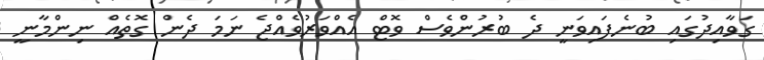
ގަވާއިދުގައި ބުނެފައިވަނީ ދެ ބުރުންވެސް ވޮޓް އެއްވަރުވެއްޖެ ނަމަ ދެން ގޮތެއް ނިންމާނީ